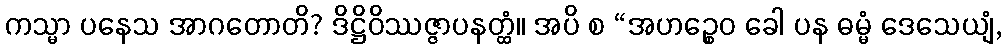
ကသ္မာ ပနေသ အာဂတောတိ? ဒိဋ္ဌိဝိဿဇ္ဇာပနတ္ထံ။ အပိ စ “အဟဉ္စေဝ ခေါ ပန ဓမ္မံ ဒေသေယျံ,